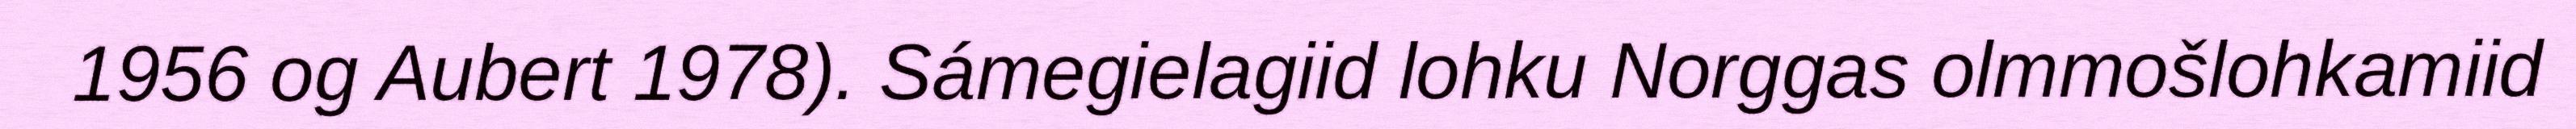
1956 og Aubert 1978). Sámegielagiid lohku Norggas olmmošlohkamiid